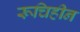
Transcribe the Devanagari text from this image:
रूचिहीन